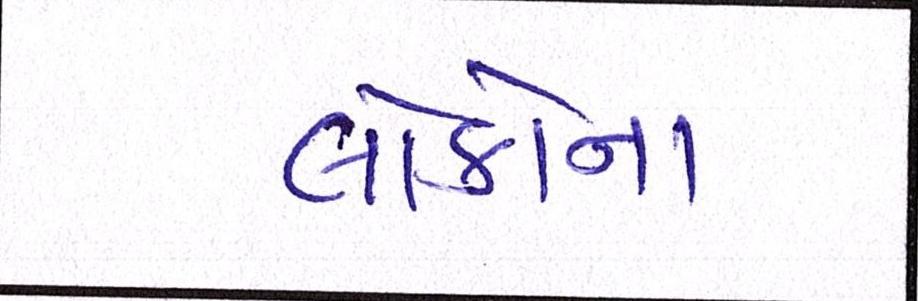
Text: લોકોના